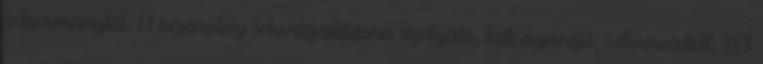
a kormánytól. A kizárólag teherszállításra szolgáló, kétvágányú, villamosított, 113